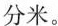
分米。